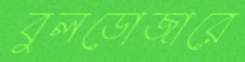
বুলডোজারে